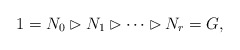
\begin{align*}1=N_0\rhd N_1\rhd \cdots \rhd N_r=G,\end{align*}